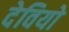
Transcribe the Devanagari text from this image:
देवियो